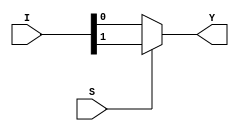
/**************************************************
 P1.1 2:1 MULTIPLEXER DATAFLOW
 ************************************************/

 module mux_2_1_df(Y,I,S);
 	input [1:0]I;
 	input S;
 	output Y;

 	assign Y = S?I[1]:I[0];

 endmodule